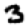
Digit: 3